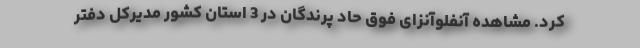
کرد. مشاهده آنفلوآنزای فوق حاد پرندگان در 3 استان کشور مدیرکل دفتر